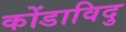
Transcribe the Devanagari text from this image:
कोंडाविदु